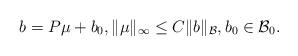
LaTeX: \begin{align*}b = P\mu + b_0, \|\mu\|_\infty \le C \|b\|_{\mathcal B}, b_0 \in \mathcal B_0.\end{align*}